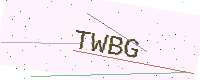
Text: TWBG